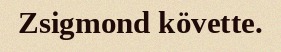
Zsigmond követte.